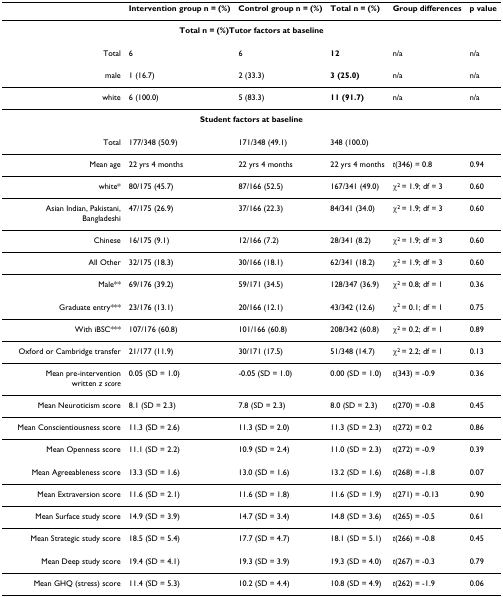
<table><thead><tr><td></td><td><b>Intervention group n = (%)</b></td><td><b>Control group n = (%)</b></td><td><b>Total n = (%)</b></td><td><b>Group differences</b></td><td><b>p value</b></td></tr></thead><tbody><tr><td colspan="6"><b>Total n = (%)Tutor factors at baseline</b></td></tr><tr><td>Total</td><td>6</td><td>6</td><td><b>12</b></td><td>n/a</td><td>n/a</td></tr><tr><td>male</td><td>1 (16.7)</td><td>2 (33.3)</td><td><b>3 (25.0)</b></td><td>n/a</td><td>n/a</td></tr><tr><td>white</td><td>6 (100.0)</td><td>5 (83.3)</td><td><b>11 (91.7)</b></td><td>n/a</td><td>n/a</td></tr><tr><td colspan="6"><b>Student factors at baseline</b></td></tr><tr><td>Total</td><td>177/348 (50.9)</td><td>171/348 (49.1)</td><td>348 (100.0)</td><td></td><td></td></tr><tr><td>Mean age</td><td>22 yrs 4 months</td><td>22 yrs 4 months</td><td>22 yrs 4 months</td><td><i>t</i>(346) = 0.8</td><td>0.94</td></tr><tr><td>white*</td><td>80/175 (45.7)</td><td>87/166 (52.5)</td><td>167/341 (49.0)</td><td>χ<sup>2 </sup>= 1.9; df = 3</td><td>0.60</td></tr><tr><td>Asian Indian, Pakistani, Bangladeshi</td><td>47/175 (26.9)</td><td>37/166 (22.3)</td><td>84/341 (34.0)</td><td>χ<sup>2 </sup>= 1.9; df = 3</td><td>0.60</td></tr><tr><td>Chinese</td><td>16/175 (9.1)</td><td>12/166 (7.2)</td><td>28/341 (8.2)</td><td>χ<sup>2 </sup>= 1.9; df = 3</td><td>0.60</td></tr><tr><td>All Other</td><td>32/175 (18.3)</td><td>30/166 (18.1)</td><td>62/341 (18.2)</td><td>χ<sup>2 </sup>= 1.9; df = 3</td><td>0.60</td></tr><tr><td>Male**</td><td>69/176 (39.2)</td><td>59/171 (34.5)</td><td>128/347 (36.9)</td><td>χ<sup>2 </sup>= 0.8; df = 1</td><td>0.36</td></tr><tr><td>Graduate entry***</td><td>23/176 (13.1)</td><td>20/166 (12.1)</td><td>43/342 (12.6)</td><td>χ<sup>2 </sup>= 0.1; df = 1</td><td>0.75</td></tr><tr><td>With iBSC***</td><td>107/176 (60.8)</td><td>101/166 (60.8)</td><td>208/342 (60.8)</td><td>χ<sup>2 </sup>= 0.2; df = 1</td><td>0.89</td></tr><tr><td>Oxford or Cambridge transfer</td><td>21/177 (11.9)</td><td>30/171 (17.5)</td><td>51/348 (14.7)</td><td>χ<sup>2 </sup>= 2.2; df = 1</td><td>0.13</td></tr><tr><td>Mean pre-interventionwritten <i>z score</i></td><td>0.05 (SD = 1.0)</td><td>-0.05 (SD = 1.0)</td><td>0.00 (SD = 1.0)</td><td><i>t</i>(343) = -0.9</td><td>0.36</td></tr><tr><td>Mean Neuroticism score</td><td>8.1 (SD = 2.3)</td><td>7.8 (SD = 2.3)</td><td>8.0 (SD = 2.3)</td><td><i>t</i>(270) = -0.8</td><td>0.45</td></tr><tr><td>Mean Conscientiousness score</td><td>11.3 (SD = 2.6)</td><td>11.3 (SD = 2.0)</td><td>11.3 (SD = 2.3)</td><td><i>t</i>(272) = 0.2</td><td>0.86</td></tr><tr><td>Mean Openness score</td><td>11.1 (SD = 2.2)</td><td>10.9 (SD = 2.4)</td><td>11.0 (SD = 2.3)</td><td><i>t</i>(272) = -0.9</td><td>0.39</td></tr><tr><td>Mean Agreeableness score</td><td>13.3 (SD = 1.6)</td><td>13.0 (SD = 1.6)</td><td>13.2 (SD = 1.6)</td><td><i>t</i>(268) = -1.8</td><td>0.07</td></tr><tr><td>Mean Extraversion score</td><td>11.6 (SD = 2.1)</td><td>11.6 (SD = 1.8)</td><td>11.6 (SD = 1.9)</td><td><i>t</i>(271) = -0.13</td><td>0.90</td></tr><tr><td>Mean Surface study score</td><td>14.9 (SD = 3.9)</td><td>14.7 (SD = 3.4)</td><td>14.8 (SD = 3.6)</td><td><i>t</i>(265) = -0.5</td><td>0.61</td></tr><tr><td>Mean Strategic study score</td><td>18.5 (SD = 5.4)</td><td>17.7 (SD = 4.7)</td><td>18.1 (SD = 5.1)</td><td><i>t</i>(266) = -0.8</td><td>0.45</td></tr><tr><td>Mean Deep study score</td><td>19.4 (SD = 4.1)</td><td>19.3 (SD = 3.9)</td><td>19.3 (SD = 4.0)</td><td><i>t</i>(267) = -0.3</td><td>0.79</td></tr><tr><td>Mean GHQ (stress) score</td><td>11.4 (SD = 5.3)</td><td>10.2 (SD = 4.4)</td><td>10.8 (SD = 4.9)</td><td><i>t</i>(262) = -1.9</td><td>0.06</td></tr></tbody></table>